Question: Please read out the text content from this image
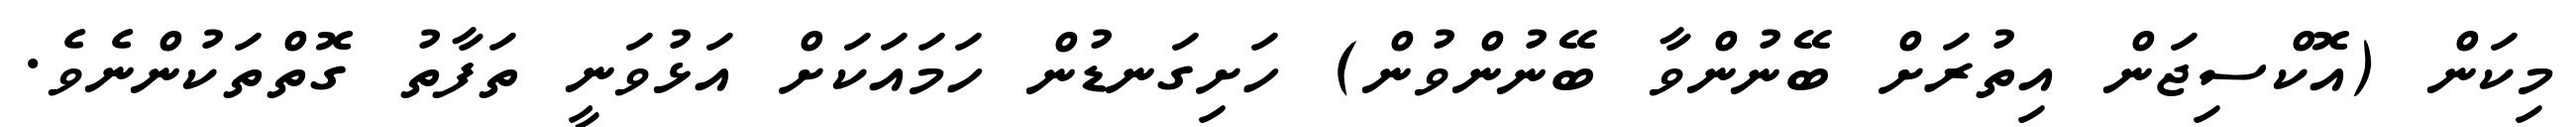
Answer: މިކަން (އޮކްސިޖަން އިތުރަށް ބޭނުންވާ ބޭނުންވުން) ހަށިގަނޑުން ހަމައަކަށް އަޅުވަނީ ތަފާތު ގޮތްތަކުންނެވެ.